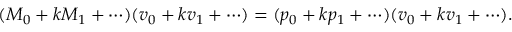
( M _ { 0 } + k M _ { 1 } + \cdots ) ( \boldsymbol { v } _ { 0 } + k \boldsymbol { v } _ { 1 } + \cdots ) = ( p _ { 0 } + k p _ { 1 } + \cdots ) ( \boldsymbol { v } _ { 0 } + k \boldsymbol { v } _ { 1 } + \cdots ) .